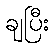
ချပြီး